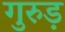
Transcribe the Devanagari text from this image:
गुरुड़